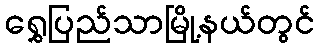
ရွှေပြည်သာမြို့နယ်တွင်